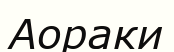
Аораки